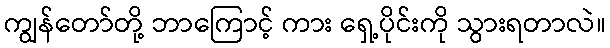
ကျွန်တော်တို့ ဘာကြောင့် ကား ရှေ့ပိုင်းကို သွားရတာလဲ။